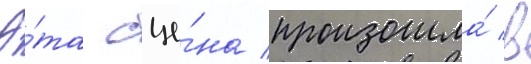
Э́та сце́на произошла́ в